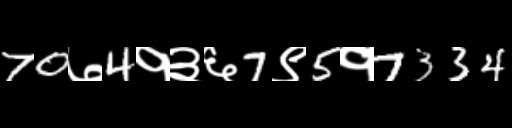
Text: 70७4१३६7९5१7334